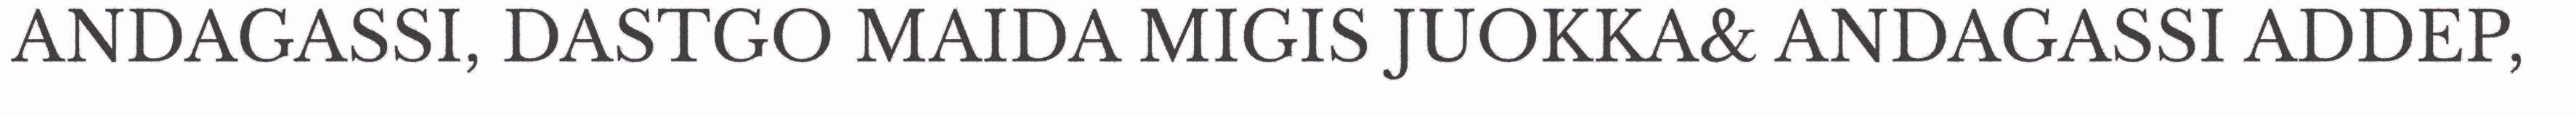
ANDAGASSI, DASTGO MAIDA MIGIS JUOKKA& ANDAGASSI ADDEP,